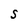
Character: S